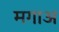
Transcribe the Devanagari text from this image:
मगाअ